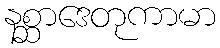
နစ္ဆာဒေတုကာမာ